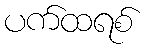
ပက်ထရစ်